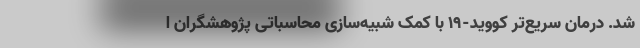
شد. درمان سریع‌تر کووید-۱۹ با کمک شبیه‌سازی‌ محاسباتی پژوهشگران ا